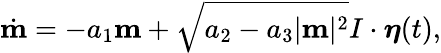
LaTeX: \dot{\mathbf m}=-a_{1}\mathbf m+\sqrt{a_{2}-a_{3}|\mathbf m|^{2}}I\cdot\boldsymbol\eta(t),